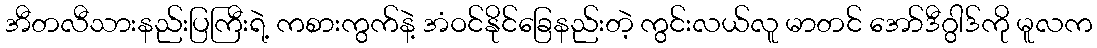
အီတလီသားနည်းပြကြီးရဲ့ ကစားကွက်နဲ့ အံဝင်နိုင်ခြေနည်းတဲ့ ကွင်းလယ်လူ မာတင် အော်ဒီဂွါဒ်ကို မူလက